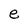
Character: e